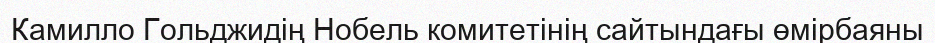
Камилло Гольджидің Нобель комитетінің сайтындағы өмірбаяны